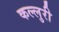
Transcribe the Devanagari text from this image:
कल्लुरी